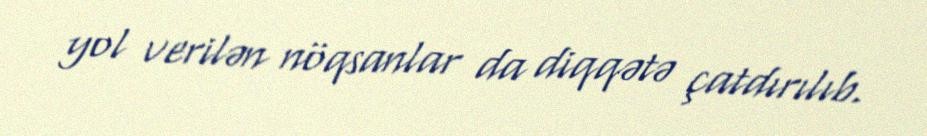
yol verilən nöqsanlar da diqqətə çatdırılıb.